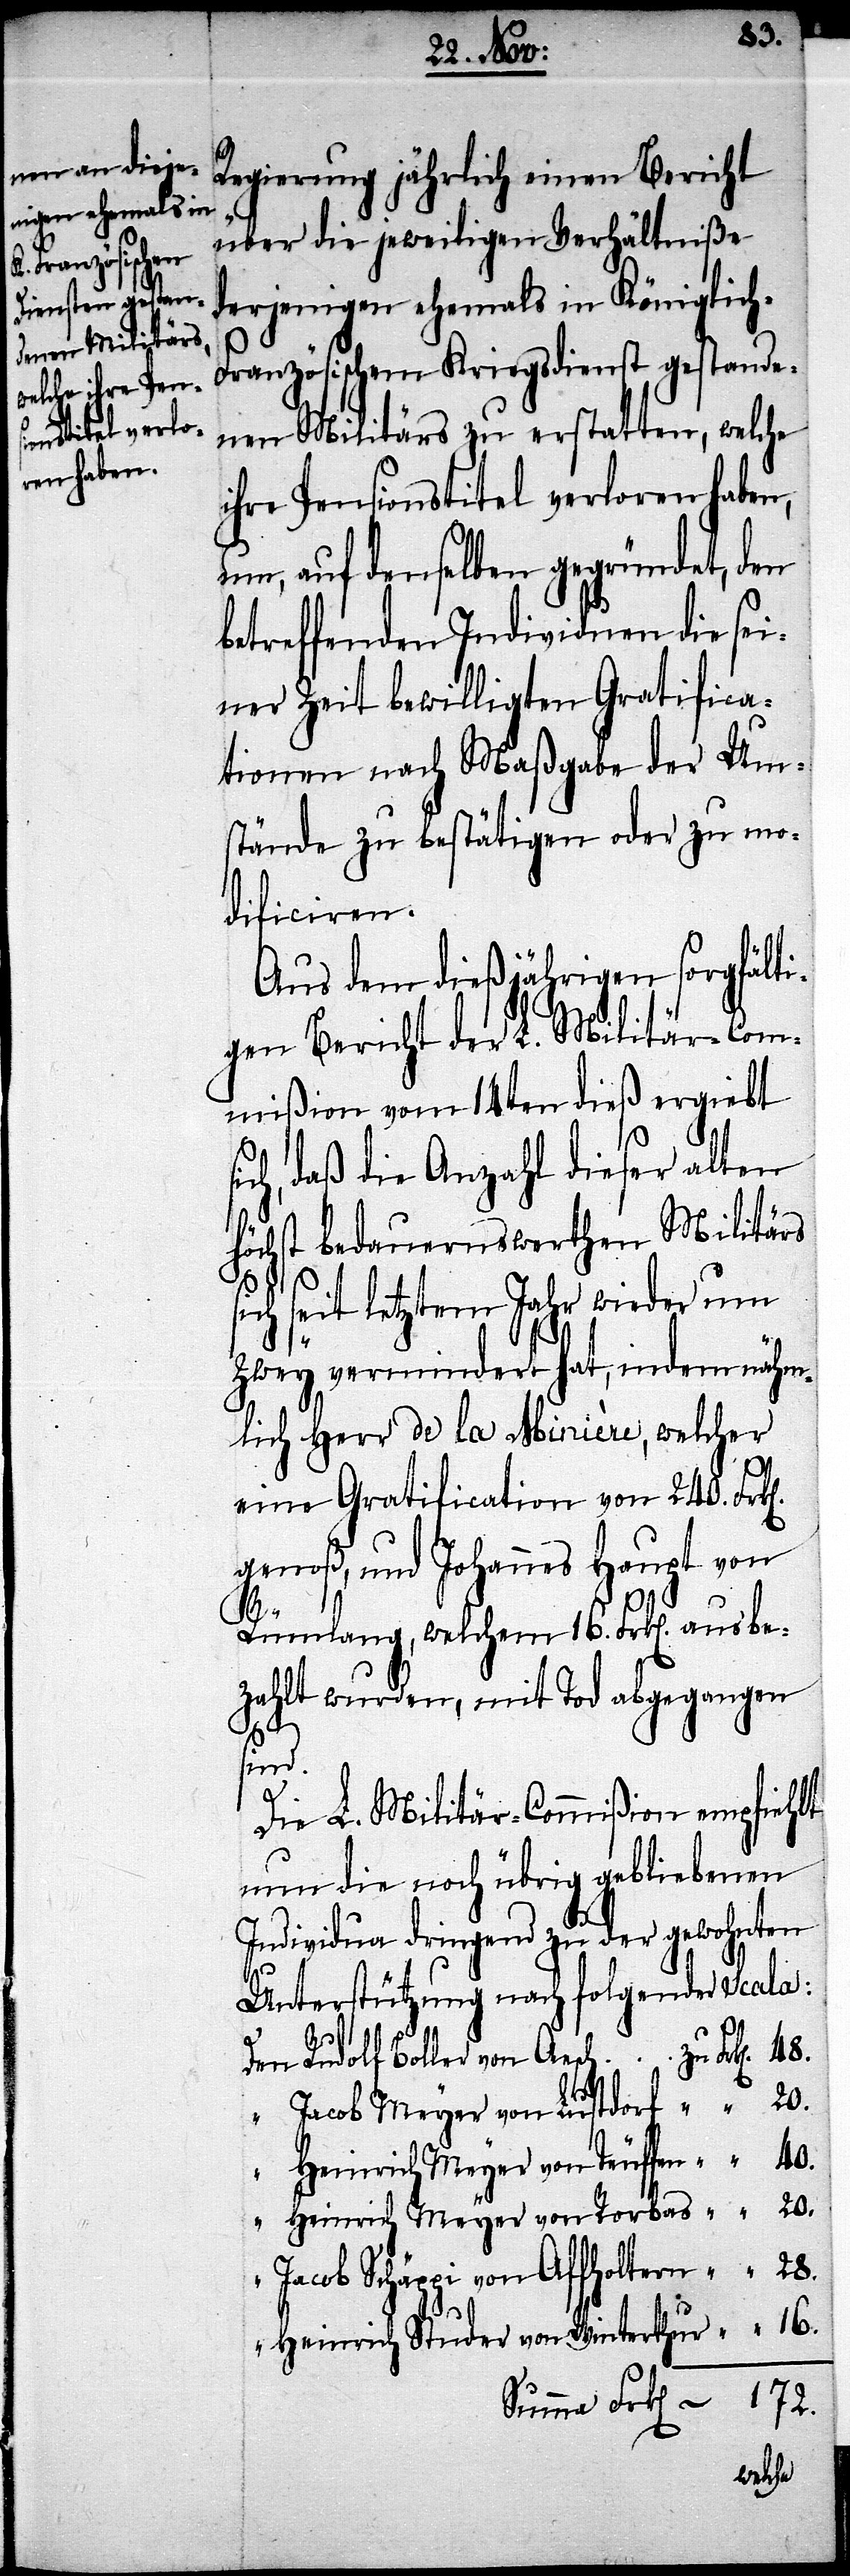
s¬
Regierung jährlich einen Bericht
über die jeweiligen Verhältniße
derjenigen ehemals in Königlich-F¬
ranzösischem Kriegsdienst gestande¬
nen Militärs zu erstatten, welche
ihre Pensionstitel verloren haben,
um, auf denselben gegründet, den
betreffenden Individuen die sei¬
ner Zeit bewilligten Gratifica¬
tionen nach Maßgabe der Um¬
stände zu bestätigen oder zu mo¬
dificiren.
Aus dem dießjährigen sorgfälti¬
gen Bericht der L. Militär-Com¬
mißion vom 14ten dieß ergiebt s¬
ich, daß die Anzahl dieser alten
höchst bedauernswerthen Militärs
ich seit letztem Jahr wieder um
zwey vermindert hat, indem nähm¬
lich Herr de la Minière, welcher
eine Gratification von 240. Frk[e¬
genoß, und Johannes Haupt von
Rümlang, welchem 16. Frk[en]. ausbe¬
zahlt wurden, mit Tod abgegangen
sind.
Die L. Militär-Commißion empfiehlt
nun die noch übrig gebliebenen
Individua dringend zu der gewohnten
Unterstützung nach folgender Scala:
Der Rudolf Boller von Aesch 	zu Frk[en].
“ Jacob Meyer von Lustdorf 	 “ “ 20.
“ Heinrich Meyer von Teuffen	 “ “ 40.
“ Heinrich Meyer von Rorbas 	 “ “ 20.
“ Jacob Schäppi von Affholtern	 “ “ 28.
Heinrich Studer von Winterthur	 “ “ 16.
172.
Summa Frk[en].